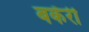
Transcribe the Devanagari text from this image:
बकॅरी